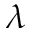
\lambda